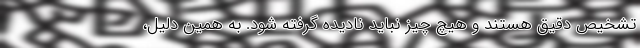
تشخیص دقیق هستند و هیچ چیز نباید نادیده گرفته شود. به همین دلیل،